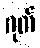
ဂုတ်